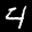
Label: 4